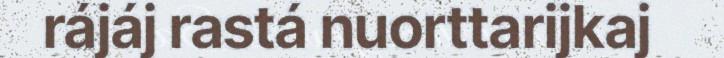
rájáj rastá nuorttarijkaj